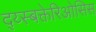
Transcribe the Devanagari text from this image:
द्य्स्बक्तेरिओसिस